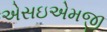
એસઇએમજી